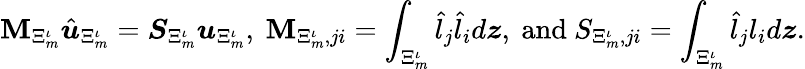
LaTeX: \boldsymbol{\mathbf{M}}_{\Xi_{m}^{\iota}}\hat{{\boldsymbol{u}}}_{\Xi_{m}^{\iota}}=\boldsymbol{S}_{\Xi_{m}^{\iota}}\boldsymbol{u}_{\Xi_{m}^{\iota}},\ \mathbf{M}_{\Xi_{m}^{\iota},ji}=\int_{\Xi_{m}^{\iota}}\hat{{l}}_{j}\hat{{l}}_{i}d\boldsymbol{z},\ \mathrm{{and}}\ S_{\Xi_{m}^{\iota},ji}=\int_{\Xi_{m}^{\iota}}\hat{{l}}_{j}l_{i}d\boldsymbol{z}.